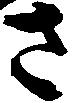
さ